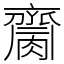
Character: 𪗌